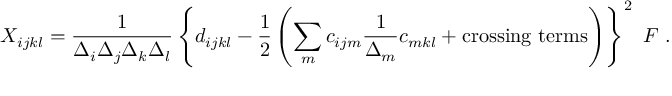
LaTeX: X _ { i j k l } = { \frac { 1 } { \Delta _ { i } \Delta _ { j } \Delta _ { k } \Delta _ { l } } } \left\{ d _ { i j k l } - { \frac { 1 } { 2 } } \left( \sum _ { m } c _ { i j m } { \frac { 1 } { \Delta _ { m } } } c _ { m k l } + \mathrm { c r o s s i n g ~ t e r m s } \right) \right\} ^ { 2 } \ F \ .